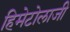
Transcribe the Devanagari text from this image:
हिमेटोलाजी